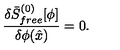
{ \frac { \delta \bar { S } _ { f r e e } ^ { ( 0 ) } [ \phi ] } { \delta \phi ( \hat { x } ) } } = 0 .